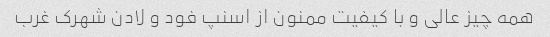
همه چیز عالی و با کیفیت ممنون از اسنپ فود و لادن شهرک غرب